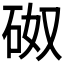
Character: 𥑌